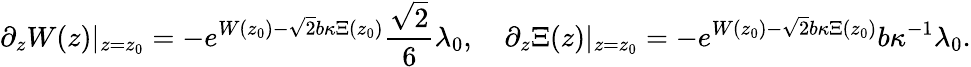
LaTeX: \partial_{z}W(z)\vert_{z=z_{0}}=-e^{W(z_{0})-\sqrt{2}b\kappa\Xi(z_{0})}\frac{\sqrt{2}}{6}\lambda_{0},\quad\partial_{z}\Xi(z)\vert_{z=z_{0}}=-e^{W(z_{0})-\sqrt{2}b\kappa\Xi(z_{0})}b\kappa^{-1}\lambda_{0}.